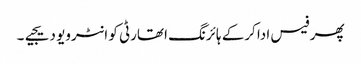
پھر فیس ادا کرکے ہائرنگ اتھارٹی کو انٹرویو دیجیے۔